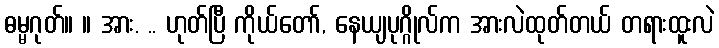
ဓမ္မဂုတ်။ ။ အား. .. ဟုတ်ပြီ ကိုယ်တော်, နေယျပုဂ္ဂိုလ်က အားလဲထုတ်တယ် တရားထူးလဲ